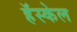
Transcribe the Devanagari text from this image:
हॅस्केल